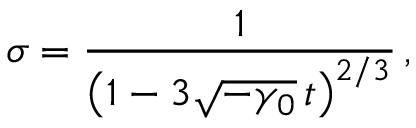
\sigma = \frac { 1 } { \left( 1 - 3 \sqrt { - \gamma _ { 0 } } \, t \right) ^ { 2 / 3 } } \, ,